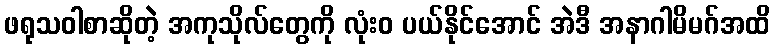
ဖရုသဝါစာဆိုတဲ့ အကုသိုလ်တွေကို လုံးဝ ပယ်နိုင်အောင် အဲဒီ အနာဂါမိမဂ်အထိ